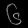
Digit: ၆